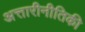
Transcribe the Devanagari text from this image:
अत्तारीनीतिकी